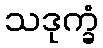
သဒုက္ခံ